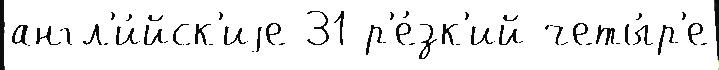
англ'и́йск'иjе 31 р'е́зк'ий четы́р'е